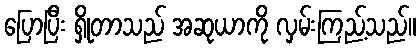
ပြောပြီး ရှိုတာသည် အဆုယာကို လှမ်းကြည့်သည်။